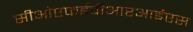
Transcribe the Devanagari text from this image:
सीओएफईपीआरआईएस